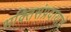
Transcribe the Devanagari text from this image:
भक्तिसंप्रदायाचे